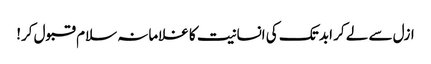
ازل سے لے کر ابد تک کی انسانیت کا غلامانہ سلام قبول کر!